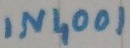
Text: IN4001